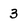
Character: 3